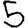
Digit: 5